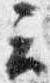
云